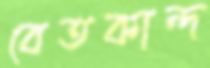
বেতকান্দ